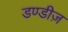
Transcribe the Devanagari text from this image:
डण्डीज़